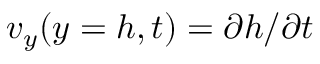
v _ { y } ( y = h , t ) = { \partial h } / { \partial t }